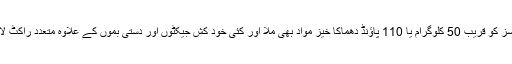
وہاں سے سکیورٹی فورسز کو قریب 50 کلوگرام یا 110 پاؤنڈ دھماکا خیز مواد بھی ملا اور کئی خود کش جیکٹوں اور دستی بموں کے علاوہ متعدد راکٹ لانچر اور مشین گنیں بھی۔